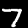
Digit: 7